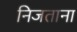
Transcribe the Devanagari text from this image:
निजताना